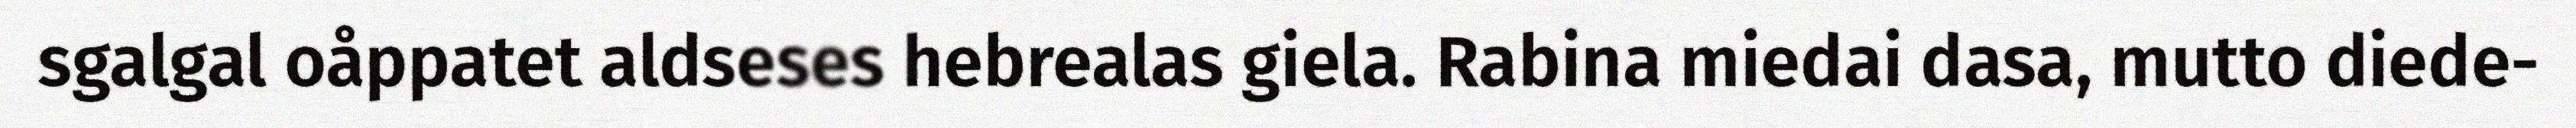
sgalgal oåppatet aldseses hebrealas giela. Rabina miedai dasa, mutto diede-